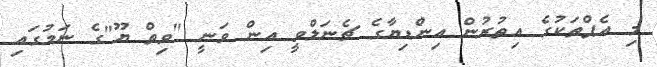
މި އެޕްތަކުގެ އިތުރުން އިންޑިޔާގެ ޗެނަލްވީ އިން ވަނީ "ވިތް ޔޫ"ގެ ނަމުގައި